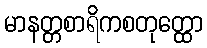
မာနတ္တစာရိကစတုတ္ထော